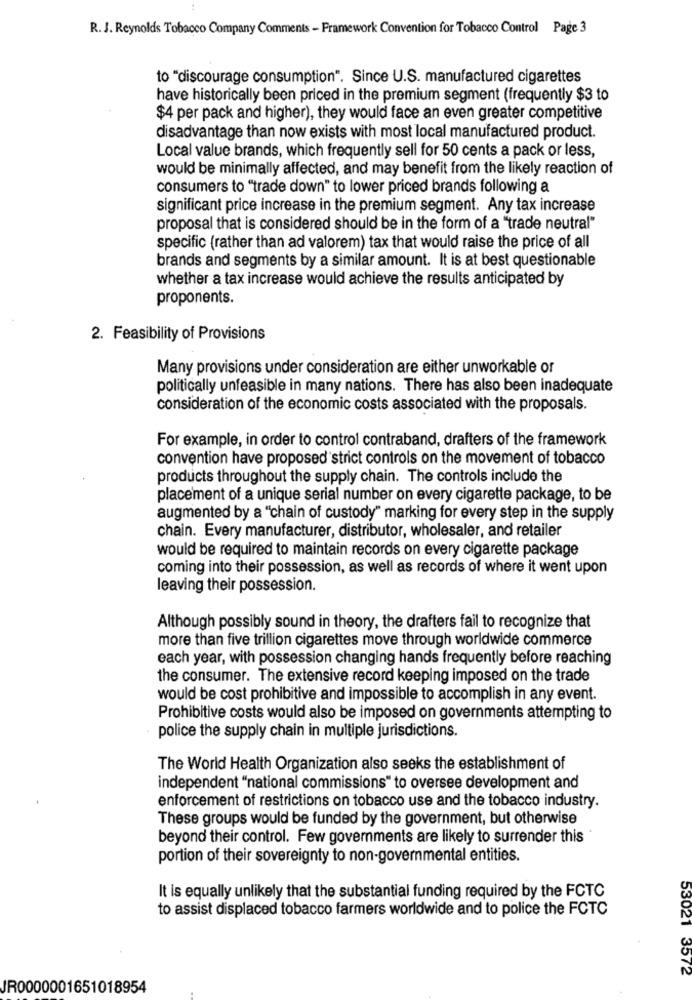
R. J. Reynolds Tobacco Company Comments - Framework Convention for Tobacco Control Page 3
to "discourage consumption". Since U.S. manufactured cigarettes
have historically been priced in the premium segment (frequently $3 to
$4 per pack and higher), they would face an even greater competitive
disadvantage than now exists with most local manufactured product.
Local value brands, which frequently sell for 50 cents a pack or less,
would be minimally affected, and may benefit from the likely reaction of
consumers to "trade down" to lower priced brands following a
significant price increase in the premium segment. Any tax increase
proposal that is considered should be in the form of a "trade neutral"
specific (rather than ad valorem) tax that would raise the price of all
brands and segments by a similar amount. It is at best questionable
whether a tax increase would achieve the results anticipated by
proponents.
2. Feasibility of Provisions
Many provisions under consideration are either unworkable or
politically unfeasible in many nations. There has also been inadequate
consideration of the economic costs associated with the proposals.
For example, in order to control contraband, drafters of the framework
convention have proposed strict controls on the movement of tobacco
products throughout the supply chain. The controls include the
placement of a unique serial number on every cigarette package, to be
augmented by a "chain of custody" marking for every step in the supply
chain. Every manufacturer, distributor, wholesaler, and retailer
would be required to maintain records on every cigarette package
coming into their possession, as well as records of where it went upon
leaving their possession.
Although possibly sound in theory, the drafters fail to recognize that
more than five trillion cigarettes move through worldwide commerce
each year, with possession changing hands frequently before reaching
the consumer. The extensive record keeping imposed on the trade
would be cost prohibitive and impossible to accomplish in any event.
Prohibitive costs would also be imposed on governments attempting to
police the supply chain in multiple jurisdictions.
The World Health Organization also seeks the establishment of
independent "national commissions" to oversee development and
enforcement of restrictions on tobacco use and the tobacco industry.
These groups would be funded by the government, but otherwise
beyond their control. Few governments are likely to surrender this
portion of their sovereignty to non-governmental entities.
It is equally unlikely that the substantial funding required by the FCTC
to assist displaced tobacco farmers worldwide and to police the FCTC
53021 3572
JR0000001651018954